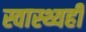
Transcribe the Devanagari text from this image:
स्वास्थ्यही